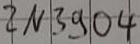
Text: 2N3904